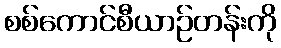
စစ်ကောင်စီယာဉ်တန်းကို